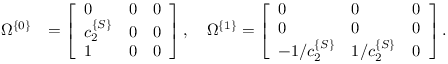
\begin{array} { r l } { \Omega ^ { \{ 0 \} } } & { = \left[ \begin{array} { l l l } { 0 } & { 0 } & { 0 } \\ { c _ { 2 } ^ { \{ S \} } } & { 0 } & { 0 } \\ { 1 } & { 0 } & { 0 } \end{array} \right] , \quad \Omega ^ { \{ 1 \} } = \left[ \begin{array} { l l l } { 0 } & { 0 } & { 0 } \\ { 0 } & { 0 } & { 0 } \\ { - 1 / c _ { 2 } ^ { \{ S \} } } & { 1 / c _ { 2 } ^ { \{ S \} } } & { 0 } \end{array} \right] . } \end{array}